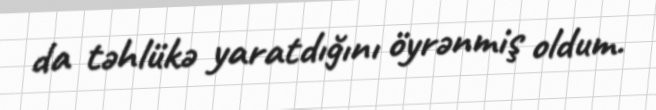
da təhlükə yaratdığını öyrənmiş oldum.